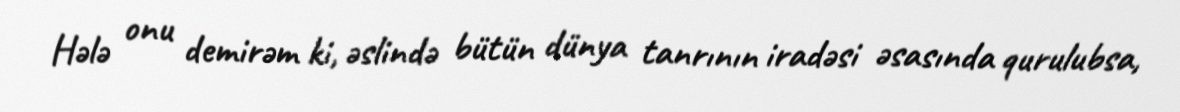
Hələ onu demirəm ki, əslində bütün dünya tanrının iradəsi əsasında qurulubsa,